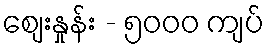
စျေးနှုန်း - ၅၀၀၀ ကျပ်